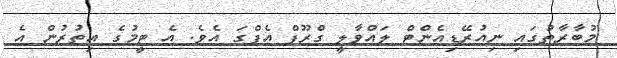
މުބާރާތުގައި ނިއުރޭޑިއެންޓް ލައްވާލީ ގްރޫޕް އެފްގަ އެވެ. އެ ޓީމުގެ އިތުރުން އެ